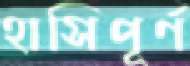
হাসিপূর্ণ